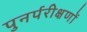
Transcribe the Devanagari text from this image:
पुनर्परीक्षणों